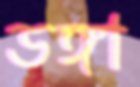
ডঙ্গা